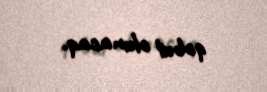
qəbul olunacaq.